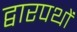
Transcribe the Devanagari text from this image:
द्वारपथों